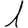
Digit: 1